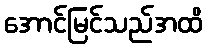
အောင်မြင်သည်အထိ